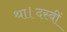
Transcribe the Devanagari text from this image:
था।दस्वीं